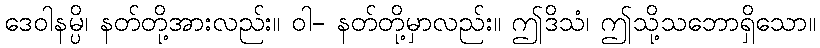
ဒေဝါနမ္ပိ၊ နတ်တို့အားလည်း။ ဝါ- နတ်တို့မှာလည်း။ ဤဒိသံ၊ ဤသို့သဘောရှိသော။